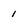
Character: 1